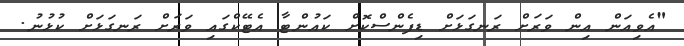
"އެވިއަން އިން ވަރަށް ރަނގަޅަށް ޑިފެންސްކޮށް ކައުންޓާ އެޓޭކްގައި ވަރަށް ރަނގަޅަށް ކުޅުނު.